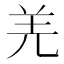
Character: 羌